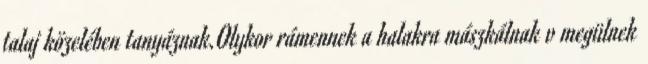
talaj közelében tanyáznak.Olykor rámennek a halakra mászkálnak v megülnek